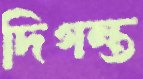
দিগন্ত